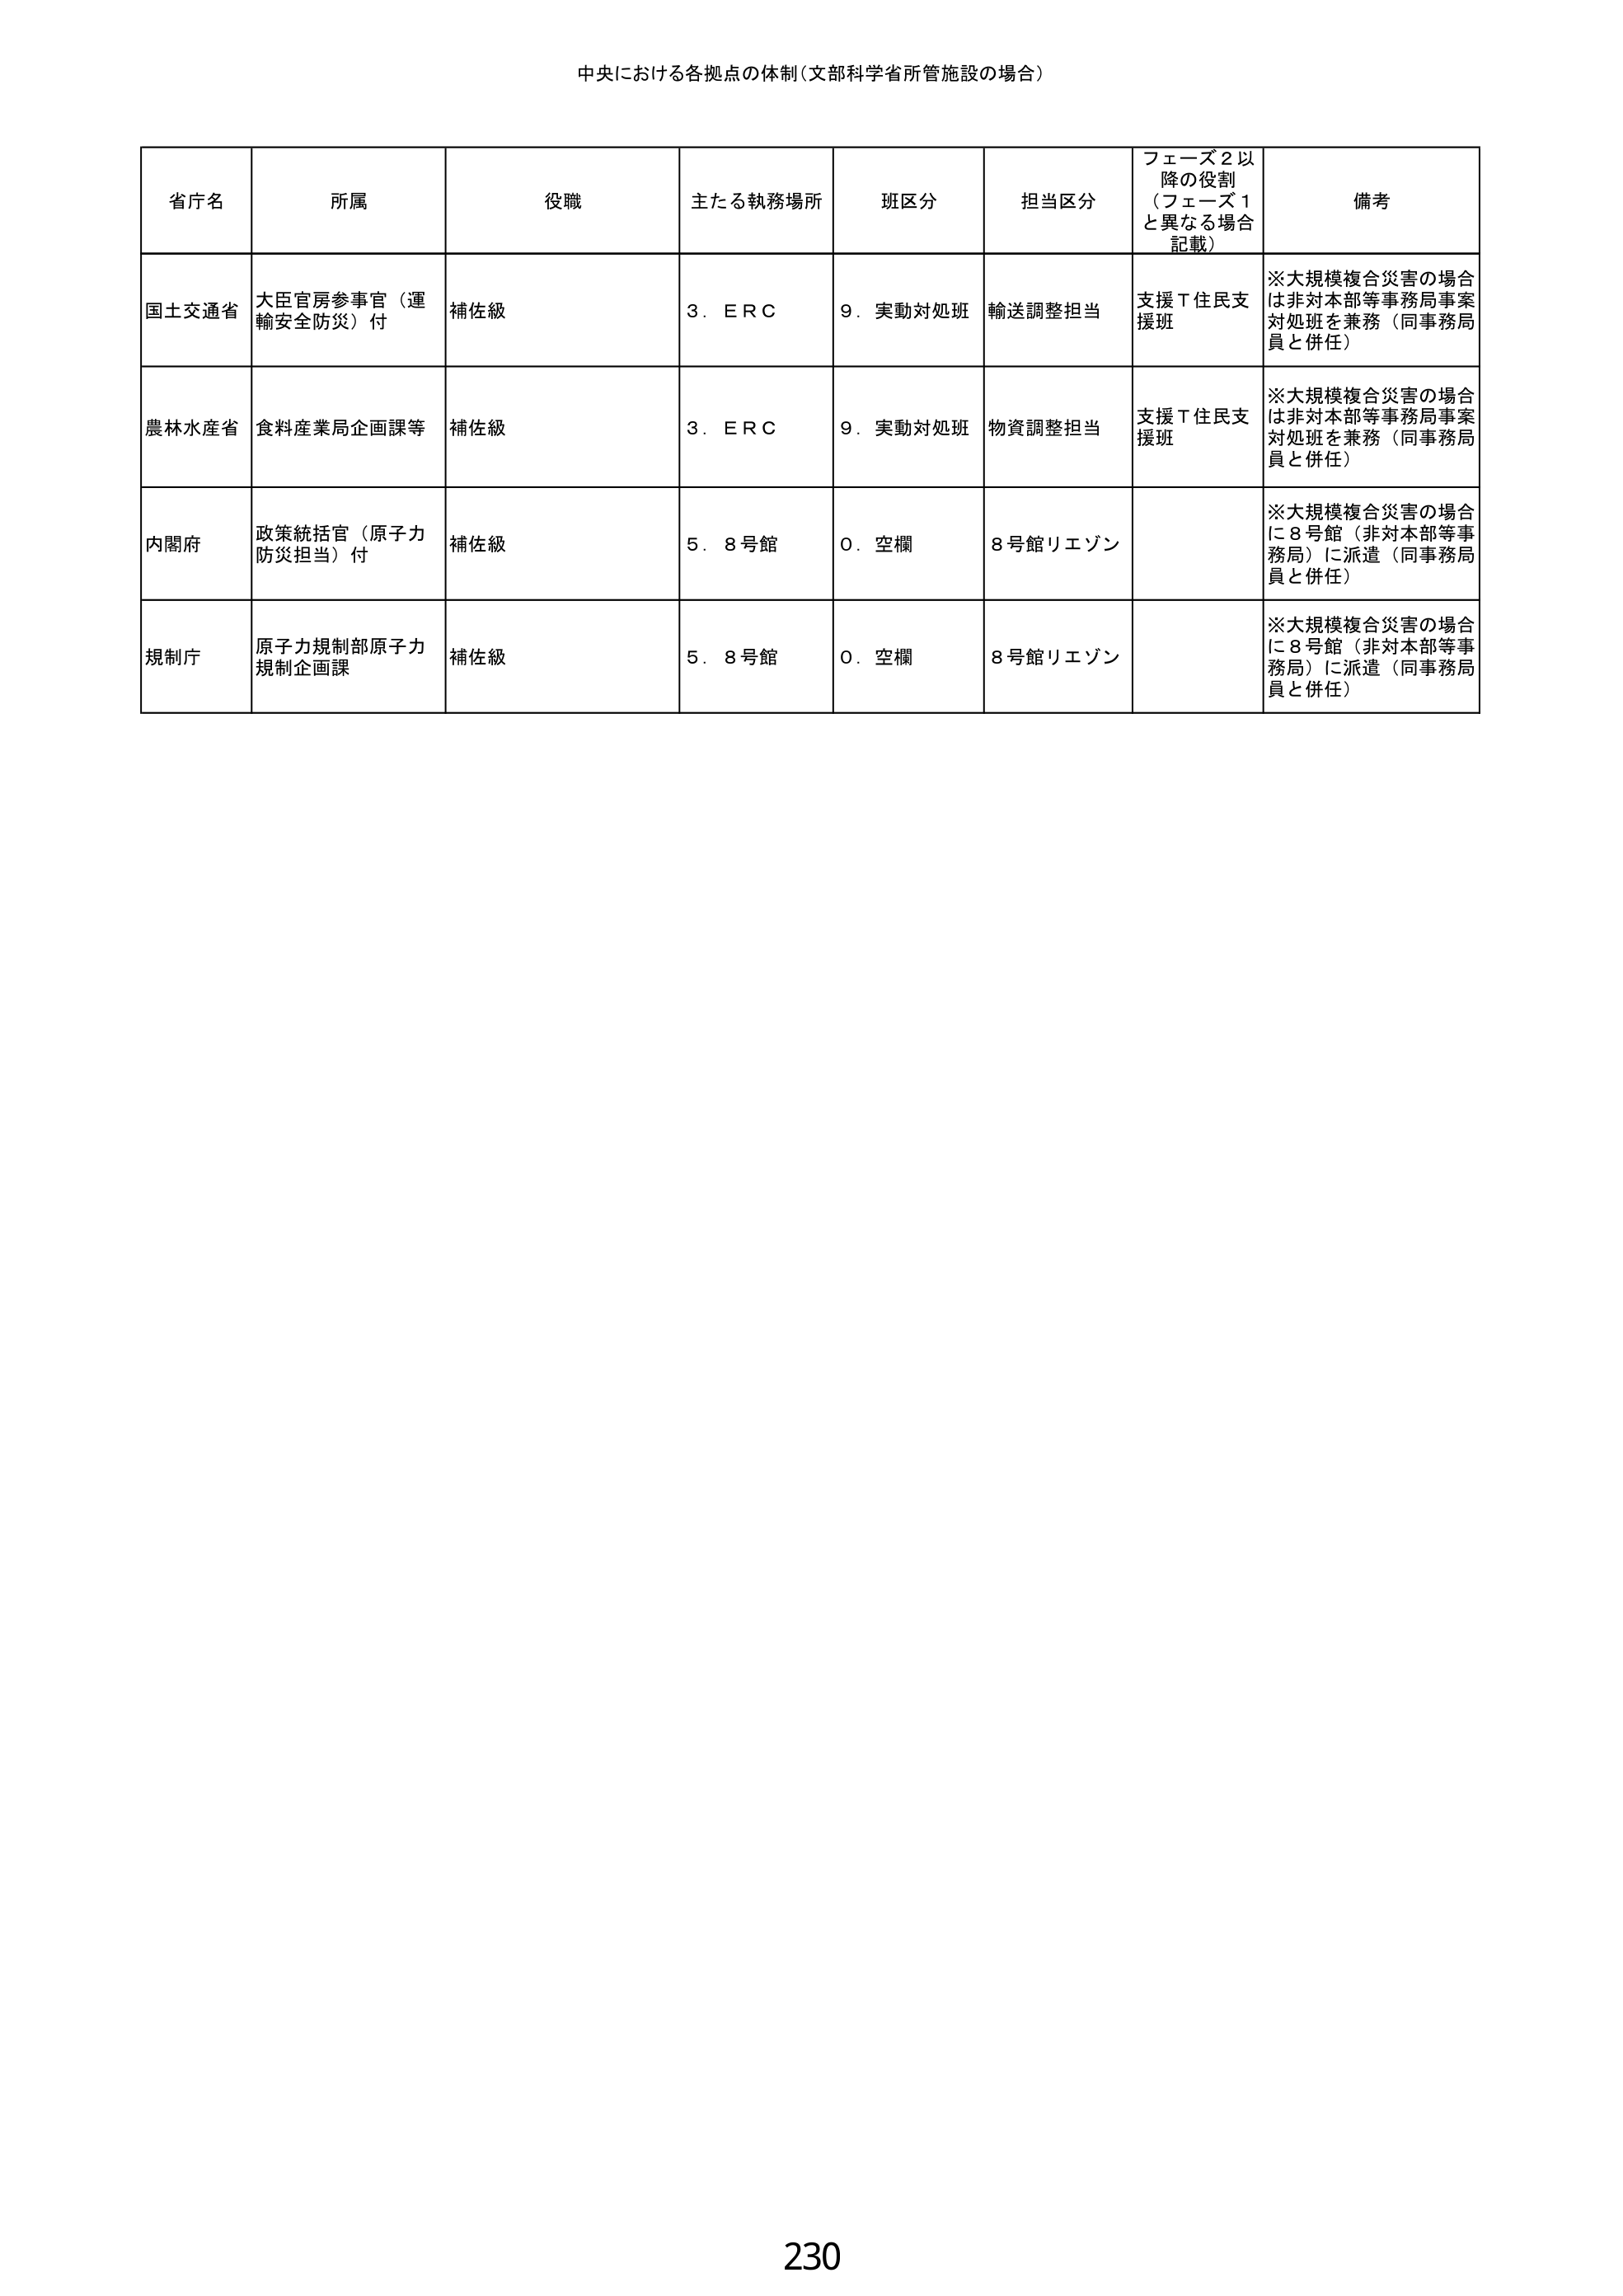
中央における各拠点の体制（文部科学省所管施設の場合）

省庁名　所属　役職　主たる執務場所　班区分　担当区分　フェーズ2以降の役割（フェーズ1と異なる場合記載）　備考

国土交通省　大臣官房参事官（運輸安全防災）付　補佐級　3．ＥＲＣ　9．実動対処班　輸送調整担当　支援Ｔ住民支援班　※大規模複合災害の場合は非対本部等事務局事案対処班を兼務（同事務局員と併任）

農林水産省　食料産業局企画課等　補佐級　3．ＥＲＣ　9．実動対処班　物資調整担当　支援Ｔ住民支援班　※大規模複合災害の場合は非対本部等事務局事案対処班を兼務（同事務局員と併任）

内閣府　政策統括官（原子力防災担当）付　補佐級　5．8号館　0．空欄　8号館リエゾン　※大規模複合災害の場合に8号館（非対本部等事務局）に派遣（同事務局員と併任）

規制庁　原子力規制部原子力規制企画課　補佐級　5．8号館　0．空欄　8号館リエゾン　※大規模複合災害の場合に8号館（非対本部等事務局）に派遣（同事務局員と併任）

230